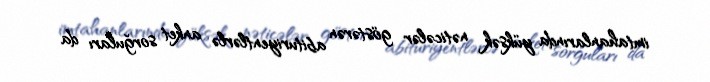
imtahanlarında yüksək nəticələr göstərən abituriyentlərlə anket sorğuları da